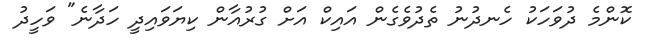
ކޮންމެ ދުވަހަކު ހެނދުނު ތެދުވެގެން އައިކް އަށް ގުރުއާން ކިޔަވައިދީ ހަދާނެ" ވަހީދު